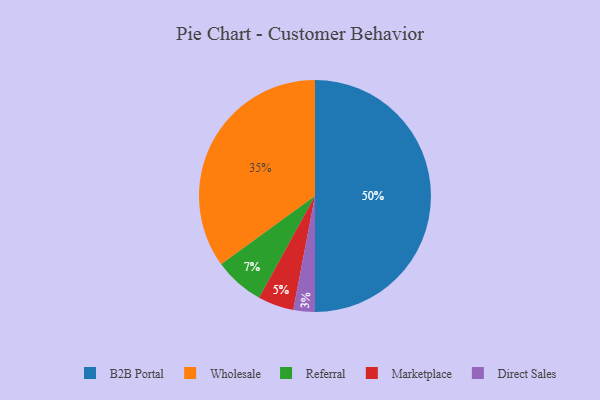
{"axis": {"x": "Category", "y": "Percentage"}, "legend": ["B2B Portal", "Direct Sales", "Marketplace", "Referral", "Wholesale"], "data": [{"x": "Direct Sales", "y": 3, "type": "Direct Sales"}, {"x": "Wholesale", "y": 35, "type": "Wholesale"}, {"x": "Marketplace", "y": 5, "type": "Marketplace"}, {"x": "B2B Portal", "y": 50, "type": "B2B Portal"}, {"x": "Referral", "y": 7, "type": "Referral"}]}